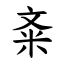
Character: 㪰